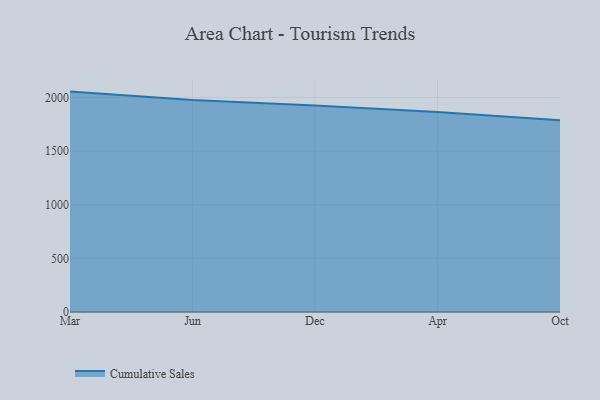
{"axis": {"x": "Month", "y": "Humidity (%)"}, "legend": ["Cumulative Sales"], "data": [{"x": "Mar", "y": 2054.8, "type": "Cumulative Sales"}, {"x": "Jun", "y": 1975.8, "type": "Cumulative Sales"}, {"x": "Dec", "y": 1924.2, "type": "Cumulative Sales"}, {"x": "Apr", "y": 1864.6, "type": "Cumulative Sales"}, {"x": "Oct", "y": 1786.6, "type": "Cumulative Sales"}]}